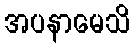
အပနာမေသိ